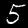
Label: 5